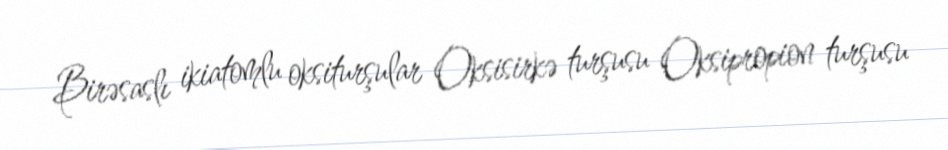
Birəsaslı ikiatomlu oksiturşular Oksisirkə turşusu Oksipropion turşusu